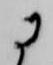
に